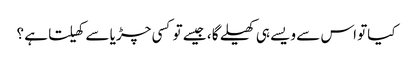
کیاتو اس سے ویسے ہی کھیلے گا ، جیسے تو کسی چڑیا سے کھیلتا ہے ؟